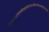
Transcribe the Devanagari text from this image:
त्रिसन्ध्यानमल्लेखकोटीरनानाविधानेकरत्नांशुबिम्बप्रभाभिः